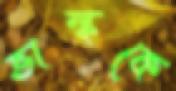
ভাল্ককে